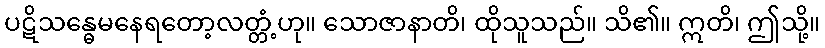
ပဋိသန္ဓေမနေရတော့လတ္တံ့ဟု။ သောဇာနာတိ၊ ထိုသူသည်။ သိ၏။ ဣတိ၊ ဤသို့။